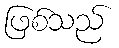
ဖြစ်သည်